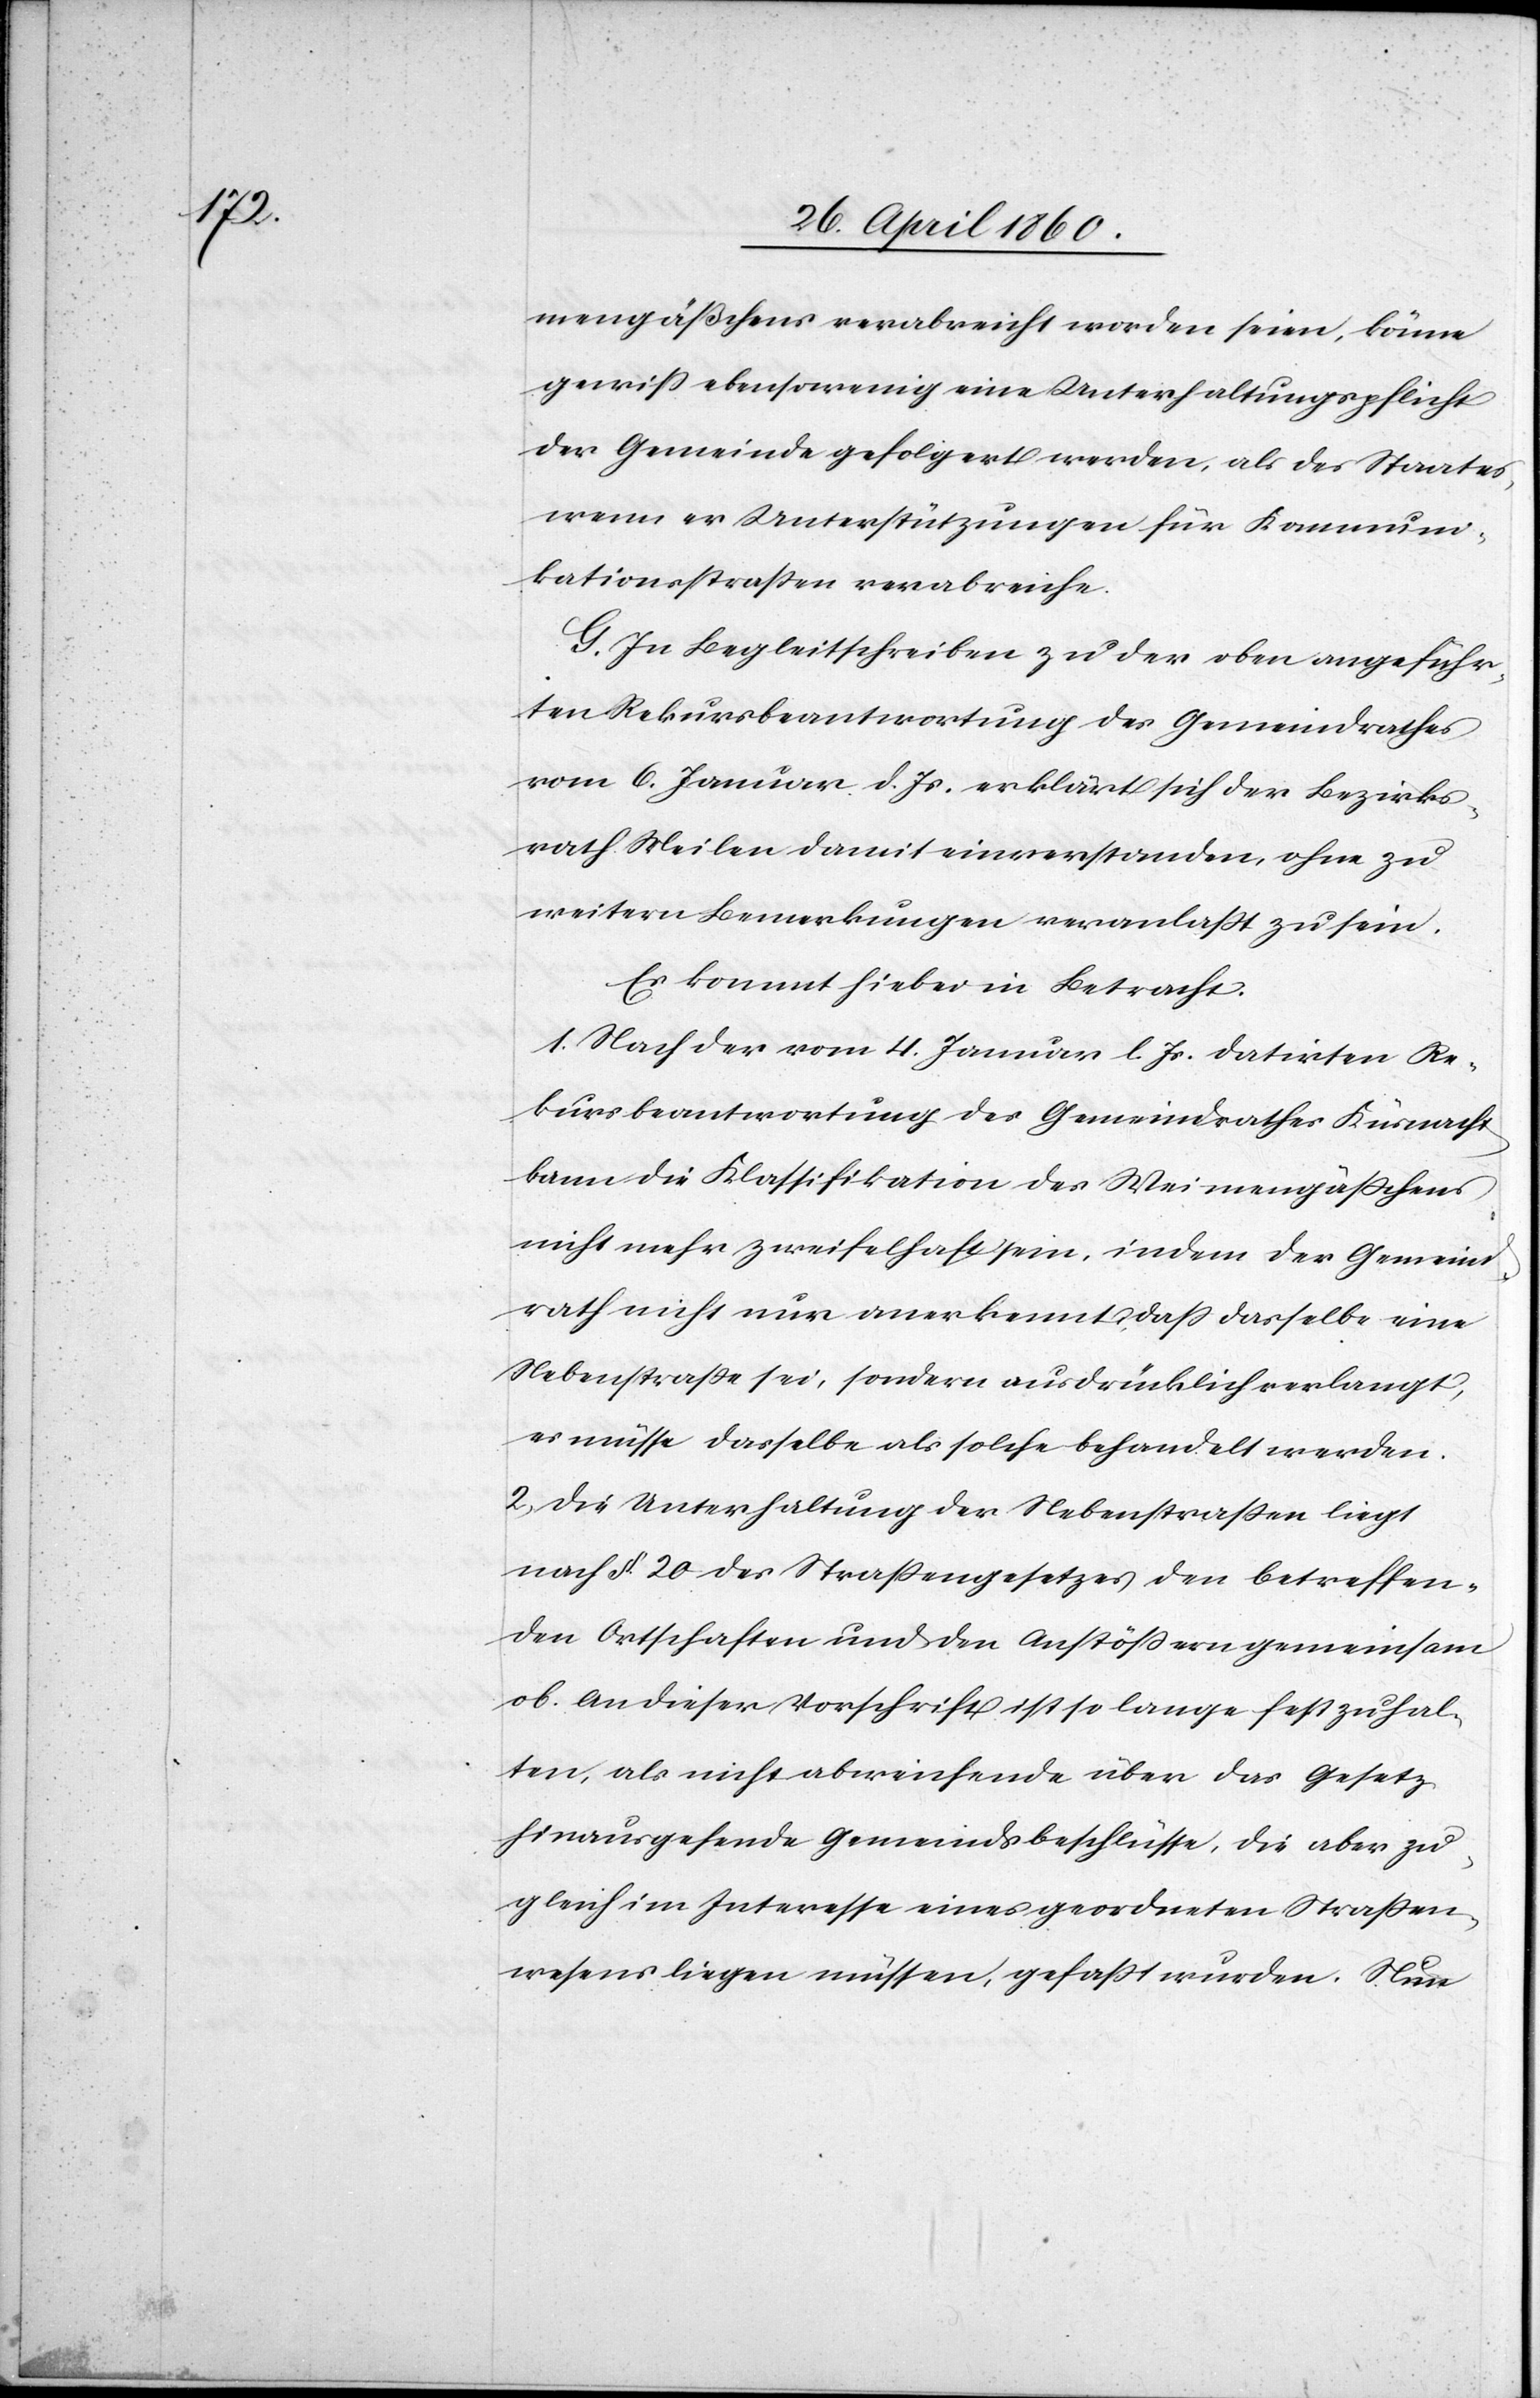
mengäßchens verabreicht worden seien, könne
gewiss ebensowenig eine Unterhaltungspflicht
der Gemeinde gefolgert werden, als des Staates,
wenn er Unterstützungen für Kommuni¬
kationsstrassen verabreiche.
G. In Begleitschreiben zu der oben angeführ¬
ten Rekursbeantwortung des Gemeindrathes
vom 6. Januar d. Js. erklärt sich der Bezirks¬
rath Meilen damit einverstanden, ohne zu
weitern Bemerkungen veranlasst zu sein.
Es kommt hiebei in Betracht.
1. Nach der vom 4. Januar l. Js. datirten Re¬
kursbeantwortung des Gemeindrathes Küsnacht
kann die Klassifikation des Weimengässchens
nicht mehr zweifelhaft sein, indem der Gemeind¬
rath nicht nur anerkennt, dass dasselbe eine
Nebenstrasse sei, sondern ausdrücklich verlangt,
es müsse dasselbe als solche behandelt werden.
2. Die Unterhaltung der Nebenstrassen liegt
nach §. 20 des Strassengesetzes den betreffen¬
den Ortschaften und den Anstössern gemeinsam
ob. An dieser Vorschrift ist so lange fest zu hal¬
ten, als nicht abweichende über das Gesetz
hinausgehende Gemeindsbeschlüsse, die aber zu¬
gleich im Interesse eines geordneten Strassen¬
wesens liegen müssen, gefasst wurden. Nun